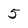
Character: 5